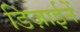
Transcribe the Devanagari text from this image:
डिज़ाईनें